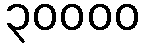
၃၀၀၀၀